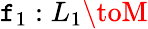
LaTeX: \mathtt{f}_{1}:L_{1}\toM